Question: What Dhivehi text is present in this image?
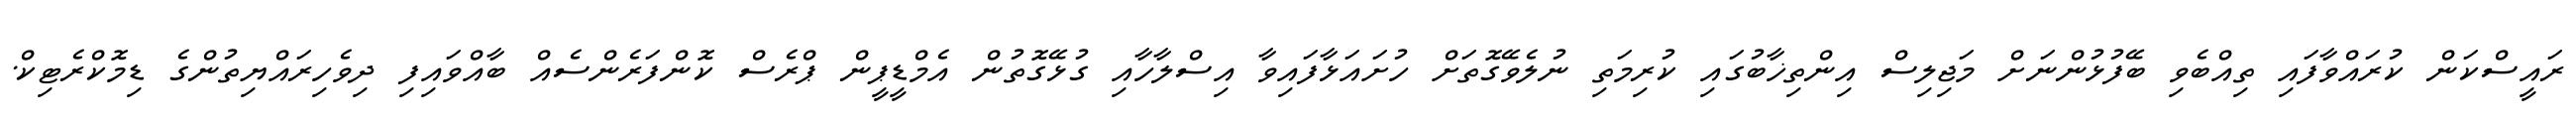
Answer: ރައީސްކަން ކުރައްވާފައި ތިއްބެވި ބޭފުޅުންނަށް މަޖިލިސް އިންތިޚާބުގައި ކުރިމަތި ނުލެވޭގޮތަށް ހުށައަޅާފައިވާ އިސްލާހާއި ގުޅޭގޮތުން އެމްޑީޕީން ޕްރެސް ކޮންފަރެންސެއް ބާއްވައިފި ދިވެހިރައްޔިތުންގެ ޑިމޮކްރެޓިކް.